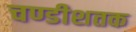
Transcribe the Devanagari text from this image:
चण्डीशतक